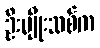
ဦးမျိုးသစ်က